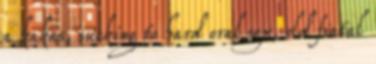
a kakas, sucking to hard oral sex, old fiatal